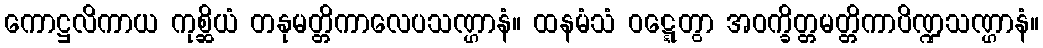
ကောဋ္ဌလိကာယ ကုစ္ဆိယံ တနုမတ္တိကာလေပသဏ္ဌာနံ။ ထနမံသံ ဝဋ္ဋေတွာ အဝက္ခိတ္တမတ္တိကာပိဏ္ဍသဏ္ဌာနံ။